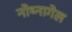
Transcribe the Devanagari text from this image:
नोथ्नागेल